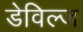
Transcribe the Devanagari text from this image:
डेविल्ज